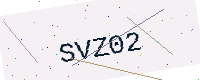
Text: SVZ02